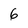
Character: 6